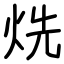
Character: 烍